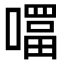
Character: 𭋊